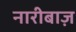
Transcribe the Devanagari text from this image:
नारीबाज़